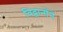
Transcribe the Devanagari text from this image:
विद्वानोंने